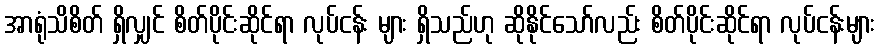
အာရုံသိစိတ် ရှိလျှင် စိတ်ပိုင်းဆိုင်ရာ လုပ်ငန်း များ ရှိသည်ဟု ဆိုနိုင်သော်လည်း စိတ်ပိုင်းဆိုင်ရာ လုပ်ငန်းများ